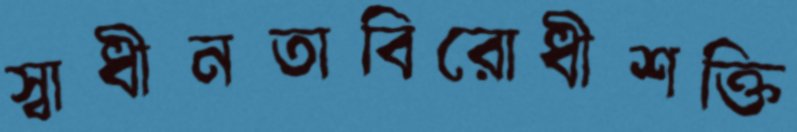
স্বাধীনতাবিরোধীশক্তি